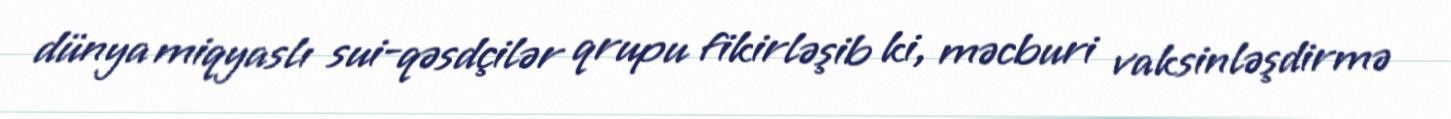
dünya miqyaslı sui-qəsdçilər qrupu fikirləşib ki, məcburi vaksinləşdirmə